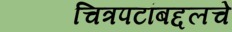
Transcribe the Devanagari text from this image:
चित्रपटांबद्दलचे